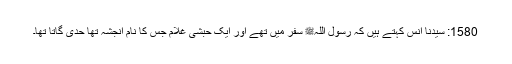
1580: سیدنا انسؓ کہتے ہیں کہ رسول اللہﷺ سفر میں تھے اور ایک حبشی غلام جس کا نام انجشہ تھا حدی گاتا تھا۔